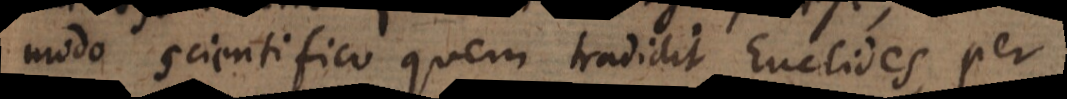
modo scientifico quem tradidit Euclides per